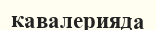
кавалерияда